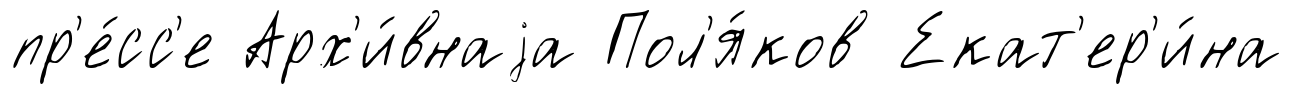
пр'е́сс'е Арх'и́внаjа Пол'я́ков Екат'ер'и́на